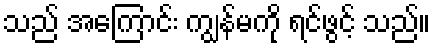
သည် အကြောင်း ကျွန်မကို ရင်ဖွင့် သည်။